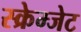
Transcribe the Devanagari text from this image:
स्क्रेम्जेट